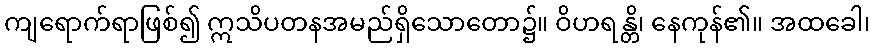
ကျရောက်ရာဖြစ်၍ ဣသိပတနအမည်ရှိသောတော၌။ ဝိဟရန္တိ၊ နေကုန်၏။ အထခေါ၊